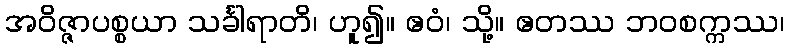
အဝိဇ္ဇာပစ္စယာ သင်္ခါရာတိ၊ ဟူ၍။ ဧဝံ၊ သို့။ ဧတဿ ဘဝစက္ကဿ၊